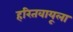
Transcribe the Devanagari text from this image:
हरितवायूला